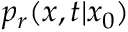
p _ { r } ( x , t | x _ { 0 } )